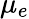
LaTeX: \mu_{e}